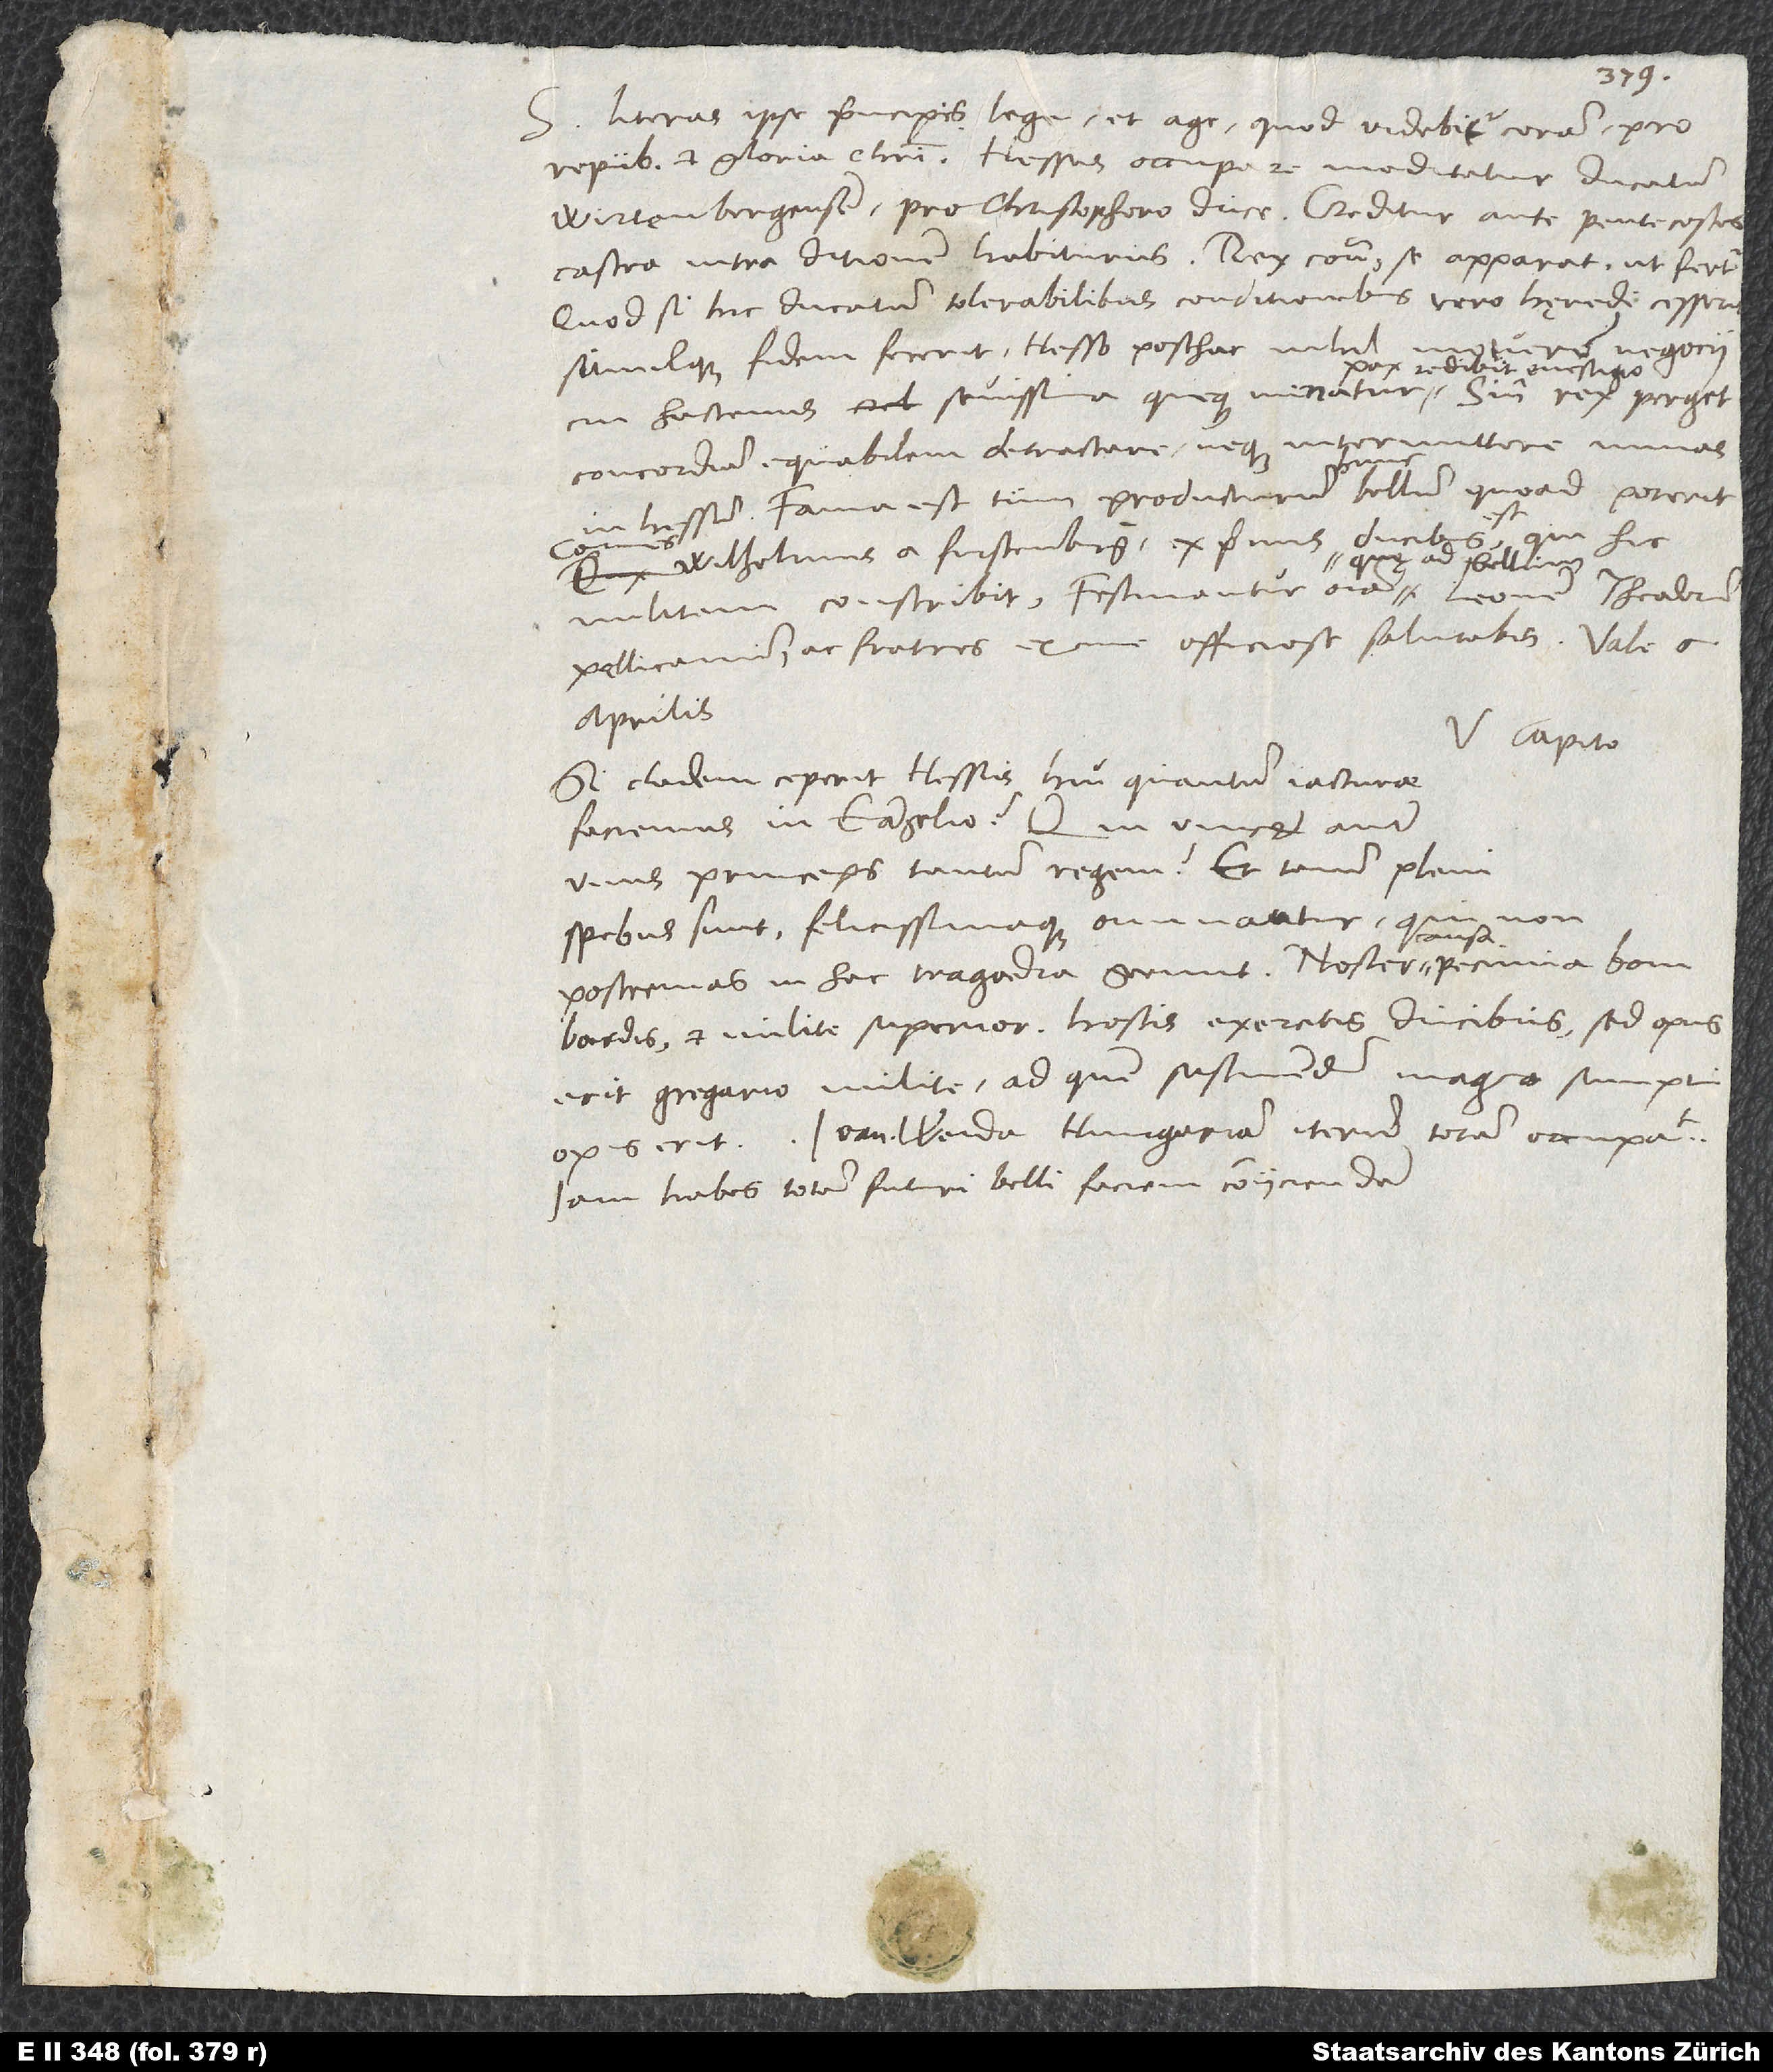
Literas ipse principis lege et age, quod videbitur, coram pro
S.
republica et gloria Christi. Hessus occupare meditatur ducatum
Wirtenbergensem pro Christophoro duce. Creditur ante pentecostes
castra intra ditionem habiturus. Rex contra se apparat, ut fertur.
Quodsi hic ducatum tolerabilibus conditionibus vero hęredi cesserit
simulque fidem fecerit Hesso posthac nihil moturum negocii,
redibit e vestigio.
concordiam equabilem detrectare neque intermittere minas
in Hessum, fama est tum producturum hunc bellum, quoad poterit.
Wilhelmus a Furstenberg ex primis ducibus est, qui hic
Pellicanum ac fratres ex me officiose salutabis. Vale.
aprilis.
V. Capito.
Si cladem ceperit Hessus, heu quantum iacturae
faciemus in evangelio! Qui vincet autem
unus princeps tantum regem? Et tamen pleni
spebus sunt felicissimaque ominantur, qui non
postremas in hac tragoedia gerunt. Noster causa, pecunia,
bombardis et milite superior, hostis exercitis ducibus, sed opus
erit gregario milite, ad quem sustinendum magno sumptu
opus erit. Ioan Weida Hungariam iterum totam occupat.
Iam habes totam futuri belli faciem coniiciendam.